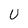
Character: U